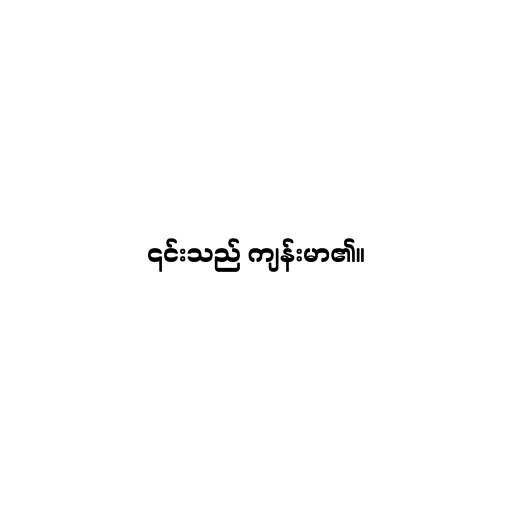
၎င်းသည် ကျန်းမာ၏။